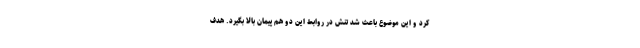
کرد و این موضوع باعث شد تنش در روابط این دو هم پیمان بالا بگیرد. هدف